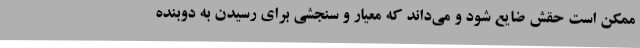
ممکن است حقش ضایع شود و می‌داند که معیار و سنجشی برای رسیدن به دوبنده